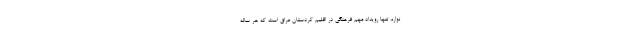
نواره، تنها رویداد مهم فرهنگی در اقلیم کُردستان عراق است که هر ساله